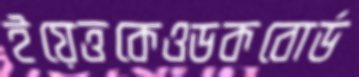
ইয়েত্তকেওডকবোর্ড